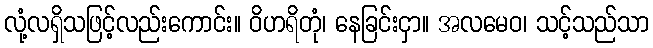
လုံ့လရှိသဖြင့်လည်းကောင်း။ ဝိဟရိတုံ၊ နေခြင်းငှာ။ အလမေဝ၊ သင့်သည်သာ